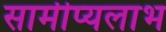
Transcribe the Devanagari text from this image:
सामीप्यलाभ